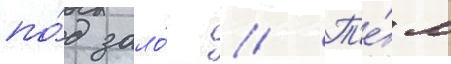
по́д зало́г // Т'е́м